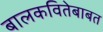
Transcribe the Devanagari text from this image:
बालकवितेबाबत